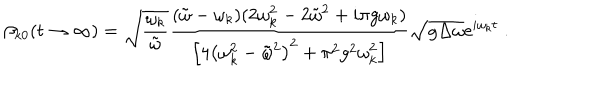
\beta _ { k 0 } ( t \to \infty ) = \sqrt { \frac { \omega _ { k } } { \tilde { \omega } } } \frac { ( \tilde { \omega } - \omega _ { k } ) ( 2 \omega _ { k } ^ { 2 } - 2 \tilde { \omega } ^ { 2 } + i \pi g \omega _ { k } ) } { \left[ 4 \left( \omega _ { k } ^ { 2 } - \tilde { \omega } ^ { 2 } \right) ^ { 2 } + \pi ^ { 2 } g ^ { 2 } \omega _ { k } ^ { 2 } \right] } \sqrt { g \Delta \omega } \mathrm { e } ^ { i \omega _ { k } t } \; .